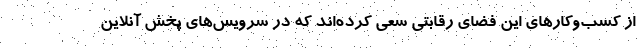
از کسب‌وکارهای این فضای رقابتی سعی کرده‌اند که در سرویس‌های پخش آنلاین